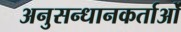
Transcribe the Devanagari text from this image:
अनुसन्धानकर्ताओं